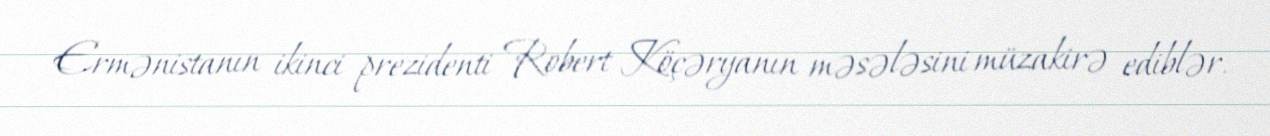
Ermənistanın ikinci prezidenti Robert Köçəryanın məsələsini müzakirə ediblər.